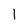
Character: 1